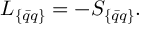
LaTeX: L _ { \{ \bar { q } q \} } = - S _ { \{ \bar { q } q \} } .